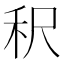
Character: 𬓤